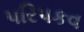
પરિપકવ